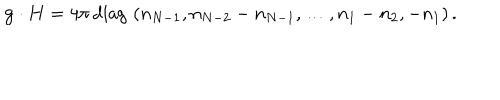
{ \bf g } \cdot { \bf H } = { 4 \pi } \, \mathrm { d i a g } \, \, ( n _ { N - 1 } , n _ { N - 2 } - n _ { N - 1 } , \dots , n _ { 1 } - n _ { 2 } , - n _ { 1 } ) \, .